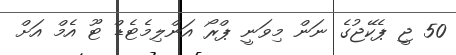
50 ޖީ ޕެކޭޖުގެ ނަން މިވަނީ ޕްރޯ އަންލިމެޓެޑް ޓޫ އެމް އަށް